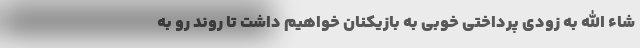
شاء الله به زودی پرداختی خوبی به بازیکنان خواهیم داشت تا روند رو به